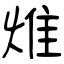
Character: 焳